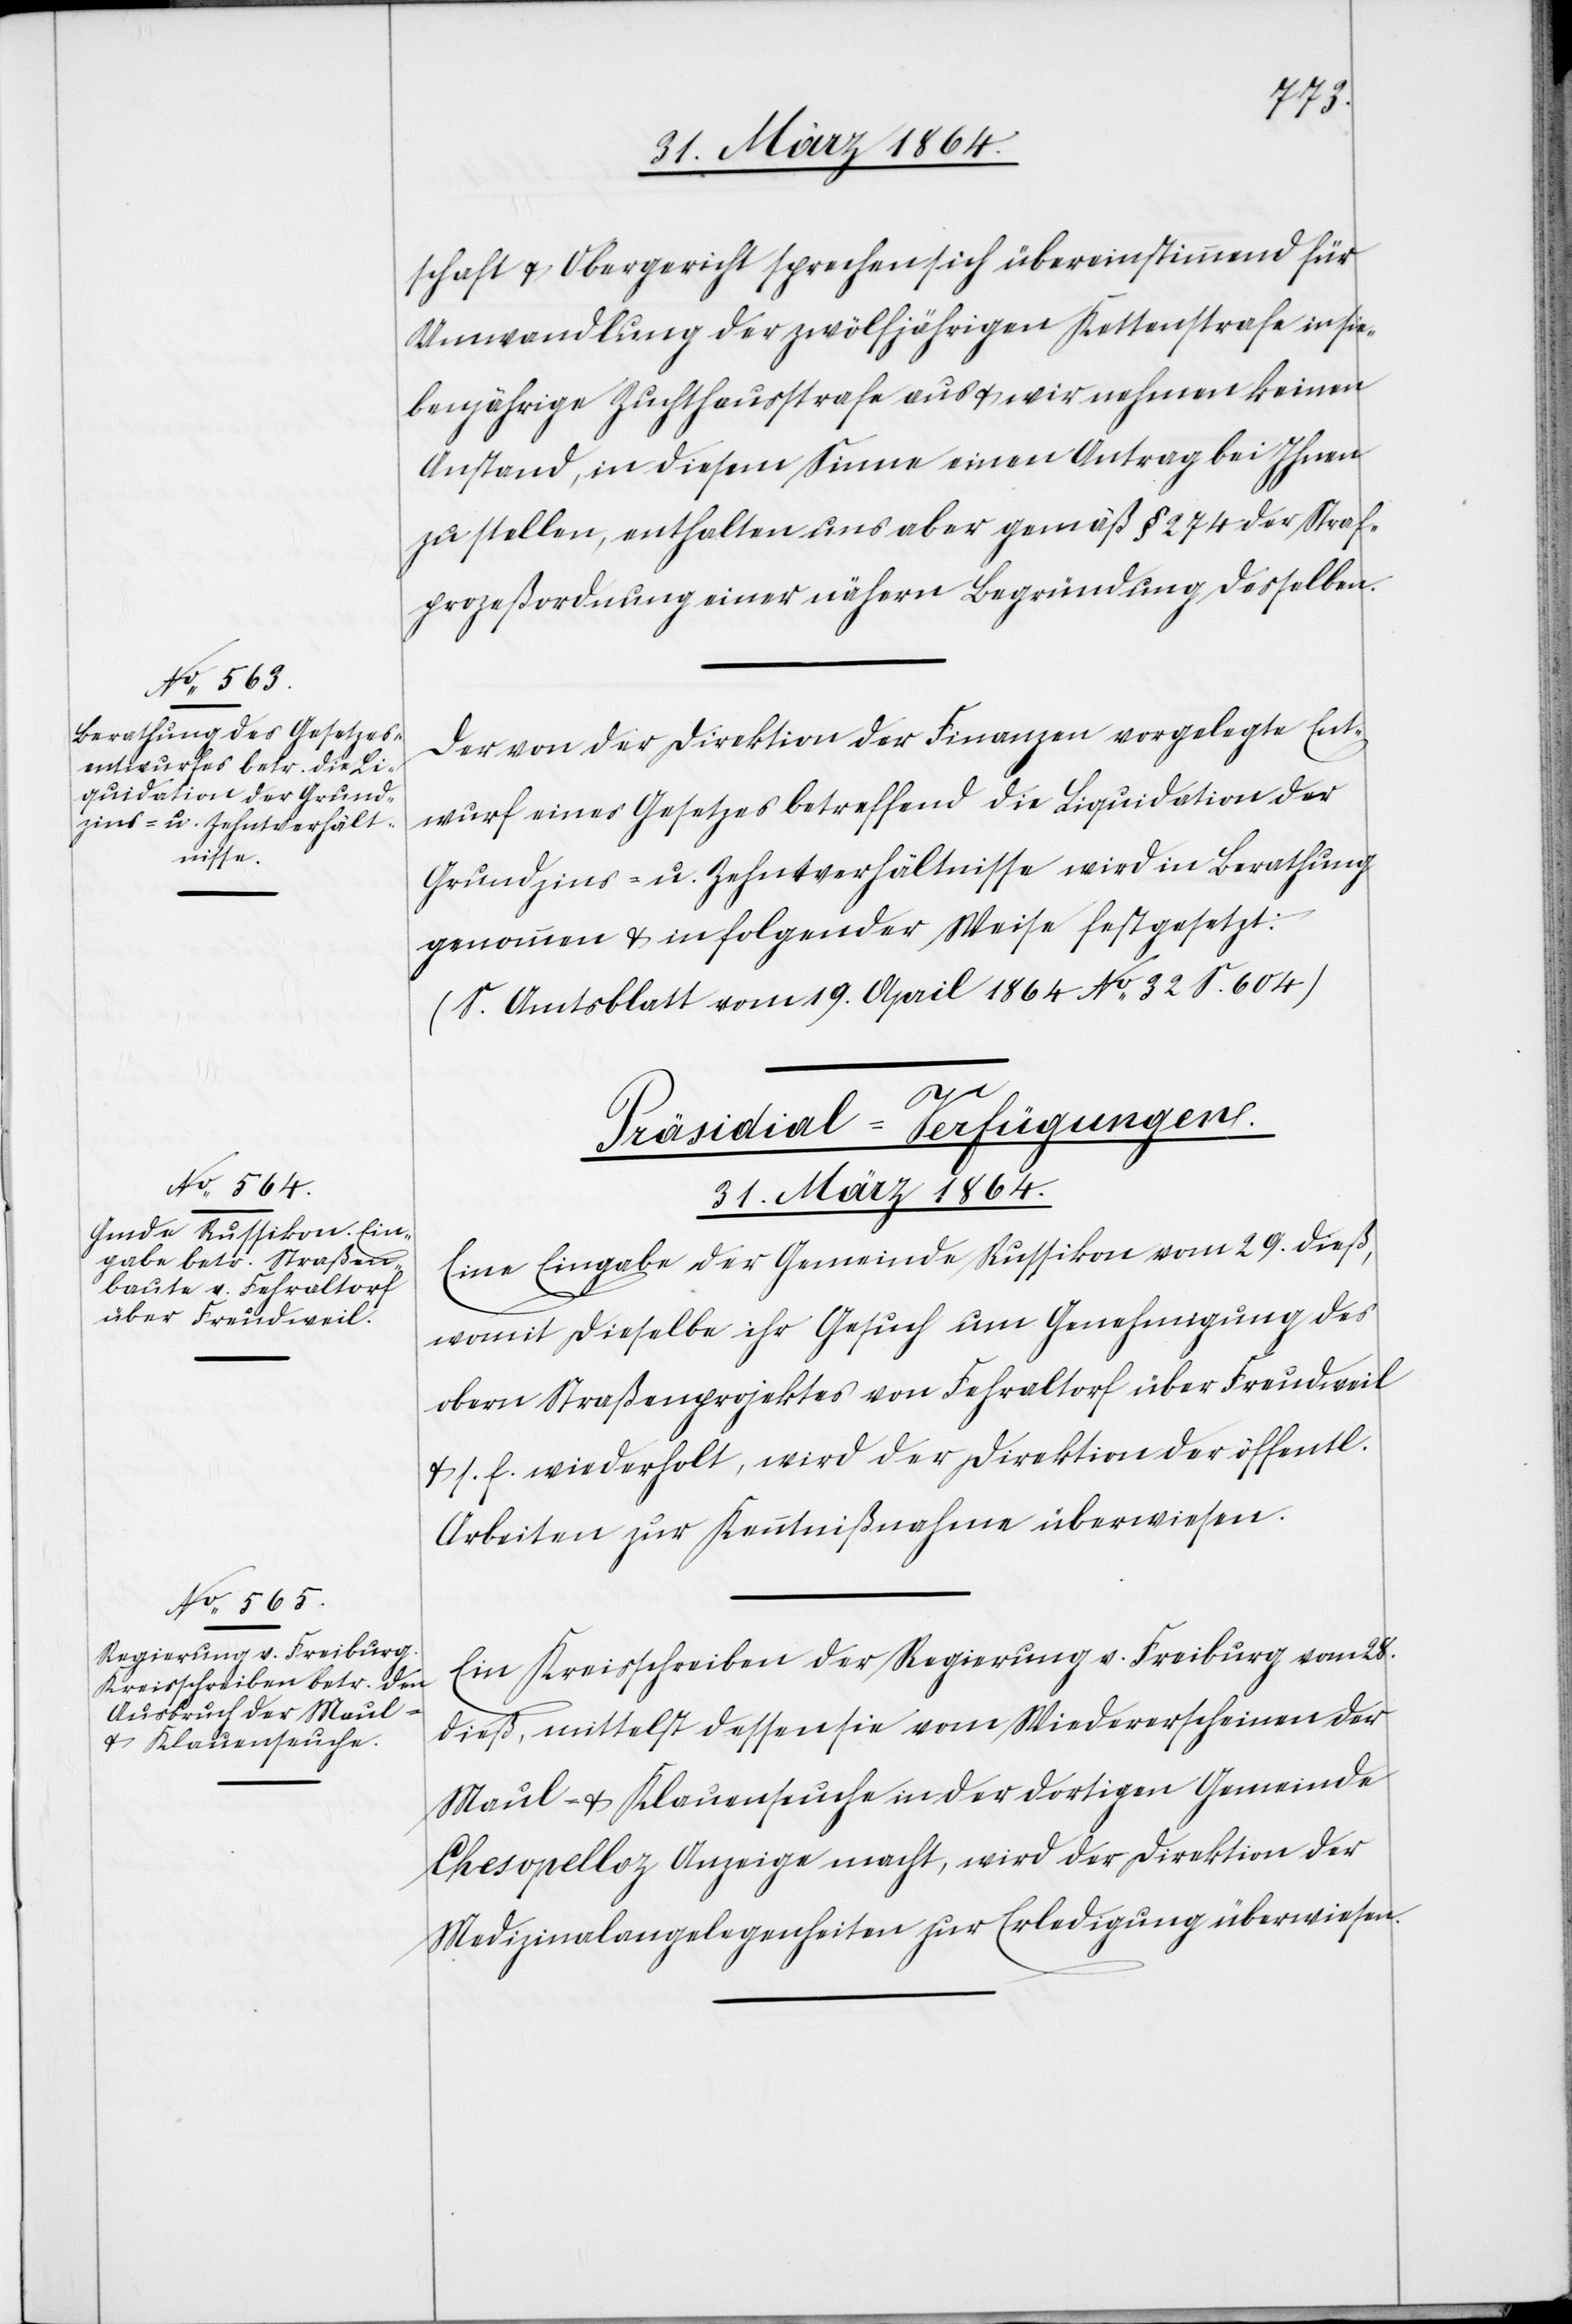
schaft u. Obergericht sprechen sich übereinstimmend für
Umwandlung der zwölfjährigen Kettenstrafe in sie¬
benjährige Zuchthausstrafe aus u. wir nehmen keinen
Anstand, in diesem Sinne einen Antrag bei Ihnen
zu stellen, enthalten uns aber gemäß § 274 der Straf¬
prozeßordnung einer nähern Begründung desselben.
Der von der Direktion der Finanzen vorgelegte Ent¬
wurf eines Gesetzes betreffend die Liquidation der
Grundzins u. Zehntverhältnisse wird in Berathung
genommen u. in folgender Weise festgesetzt:
(S. Amtsblatt vom 19. April 1864 No 32 S. 604)
[Präsidial-Verfügungen.
31. März 1864.]
Eine Eingabe der Gemeinde Russikon vom 29. dieß,
womit dieselbe ihr Gesuch um Genehmigung des
obern Straßenprojektes von Fehraltorf über Freudweil
u. s. f. wiederholt, wird der Direktion der öffentl.
Arbeiten zur Kenntnißnahme überwiesen.
Ein Kreisschreiben der Regierung v. Freiburg vom 28.
dieß, mittelst dessen sie vom Wiedererscheinen der
Maul- u. Klauenseuche in der dortigen Gemeinde
Chesopelloz Anzeige macht, wird der Direktion der
Medizinalangelegenheiten zur Erledigung überwiesen.